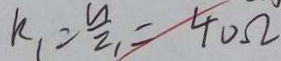
k _ { 1 } = \frac { u } { z 1 } = 4 0 \Omega